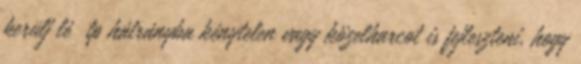
kerülj lé tp hátrányba kénytelen vagy közelharcot is fejleszteni, hogy